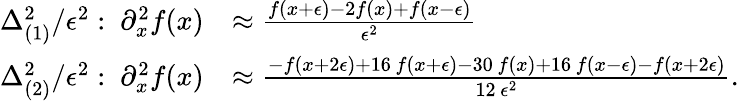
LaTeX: \begin{array}{rl}{\Delta_{(1)}^{2}/\epsilon^{2}:\ \partial_{x}^{2}f(x)}&{\approx\frac{f(x+\epsilon)-2f(x)+f(x-\epsilon)}{\epsilon^{2}}}\\ {\Delta_{(2)}^{2}/\epsilon^{2}:\ \partial_{x}^{2}f(x)}&{\approx\frac{-f(x+2\epsilon)+16\, f(x+\epsilon)-30\, f(x)+16\, f(x-\epsilon)-f(x+2\epsilon)}{12\, \epsilon^{2}}.}\end{array}